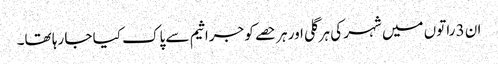
ان 3 راتوں میں شہر کی ہر گلی اور ہر حصے کو جراثیم سے پاک کیا جا رہا تھا۔